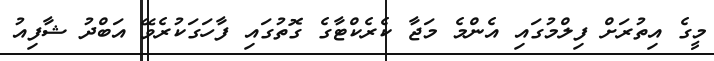
މީގެ އިތުރަށް ފިލްމުގައި އެންމެ މަޖާ ކެރެކްޓާގެ ގޮތުގައި ފާހަގަކުރެވޭ އަބްދު ޝާފިއު